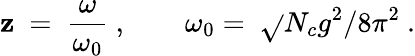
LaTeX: \mathbf{z}\ =\ \frac{\omega}{{\omega_{0}}}\ ,\qquad\omega_{0}=\ \sqrt{}{{N_{c}g^{2}/8\pi^{2}}}\ .